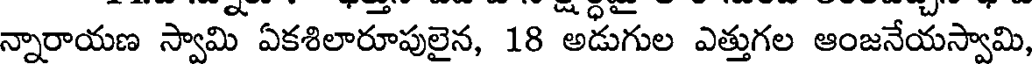
న్నారాయణ స్వామి ఏకశిలారూపులైన, 18 అడుగుల ఎత్తుగల ఆంజనేయస్వామి,